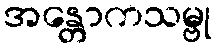
အန္တောကသမ္ဗု